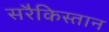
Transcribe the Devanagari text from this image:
सरैकिस्तान